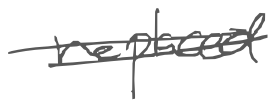
Text: replaced
Cross-out: double-line
Writing tool: digital_gray